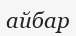
айбар